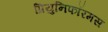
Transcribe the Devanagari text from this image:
प्रियुनिफॉरमस